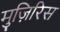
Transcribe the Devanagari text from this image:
मुज़िरिस